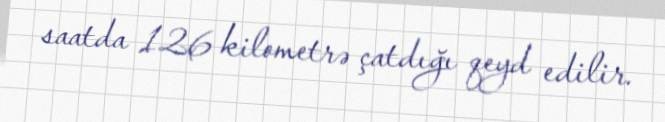
saatda 126 kilometrə çatdığı qeyd edilir.